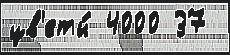
цв'еты́ 4000 37